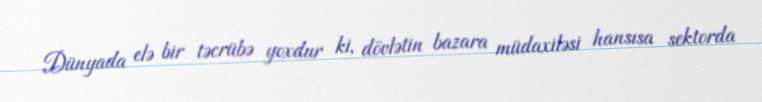
Dünyada elə bir təcrübə yoxdur ki, dövlətin bazara müdaxiləsi hansısa sektorda